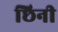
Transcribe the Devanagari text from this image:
छिनी